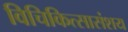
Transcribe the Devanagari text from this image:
विचिकित्सासंशय